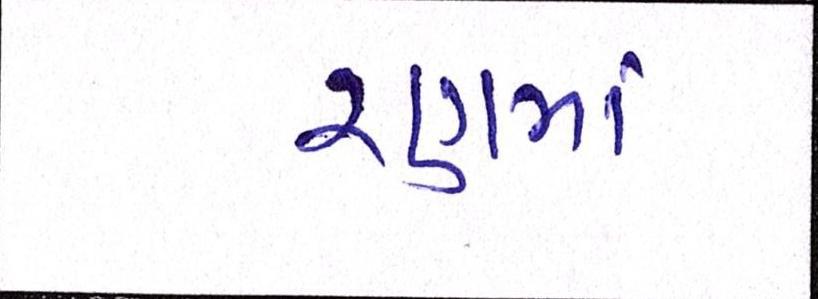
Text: રણમાં